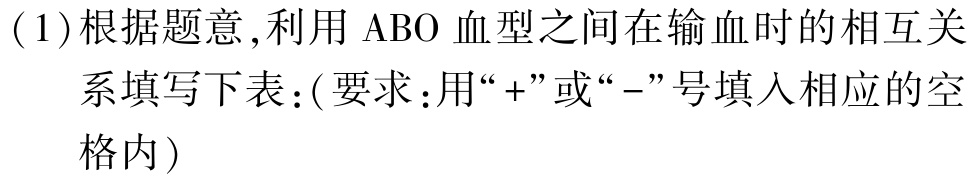
(1)根据题意,利用$\text{ABO}$血型之间在输血时的相互关系填写下表:(要求:用“+”或“-”号填入相应的空格内)